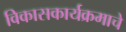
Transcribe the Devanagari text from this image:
विकासकार्यक्रमाचे